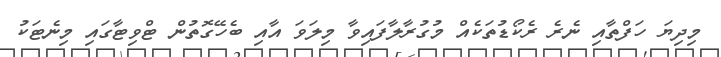
މިދިޔަ ހަފްތާއި ނެރެ ރެކޯޑުތަކެއް މުގުރާލާފައިވާ މިލަވަ އާއި ބެހޭގޮތުން ޓްވިޓާގައި މިނެޓަކު